Report on sanitation, dispensaries, and jails in Rajputana for 1910, and on vaccination for the year 1910-1911 - 1910-1911
Year: 1910
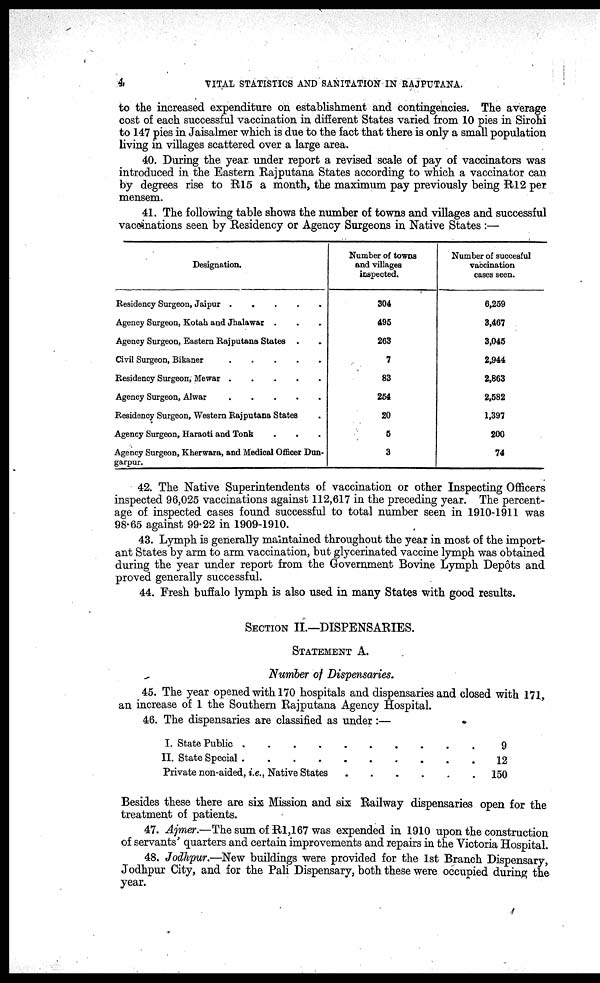
4
VITAL STATISTICS AND SANITATION IN RAJPUTANA.
to the increased expenditure on establishment and contingencies. The average
cost of each successful vaccination in different States varied from 10 pies in Sirohi
to 147 pies in Jaisalmer which is due to the fact that there is only a small population
living in villages scattered over a large area.
40. During the year under report a revised scale of pay of vaccinators was
introduced in the Eastern Rajputana States according to which a vaccinator can
by degrees rise to R15 a month, the maximum pay previously being R12 per
mensem.
41. The following table shows the number of towns and villages and successful
vaccinations seen by Residency or Agency Surgeons in Native States :—
Designation.
Residency Surgeon, Jaipur . . . . .
Agency Surgeon, Kotah and Jhalawar . . .
Agency Surgeon, Eastern Rajputana States . .
Civil Surgeon, Bikaner . . . . .
Residency Surgeon, Mewar . . . . .
Agency Surgeon Alwar . . . . .
Residency Surgeon, Western Rajputana States .
Agency Surgeon, Haraoti and Tonk . . .
Agency Surgeon, Kherwara, and Medical Officer Dun¬
garpur.
Number of towns
and villages
inspected.
304
495
263
7
83
254
20
5
3
Number of succesful
vaccination
cases seen.
6,259
3,467
3,045
2,944
2,863
2,582
1,397
200
74
42. The Native Superintendents of vaccination or other Inspecting Officers
inspected 96,025 vaccinations against 112,617 in the preceding year. The percent-
age of inspected cases found successful to total number seen in 1910-1911 was
98.65 against 99.22 in 1909-1910.
43. Lymph is generally maintained throughout the year in most of the import-
ant States by arm to arm vaccination, but glycerinated vaccine lymph was obtained
during the year under report from the Government Bovine Lymph Depôts and
proved generally successful.
44. Fresh buffalo lymph is also used in many States with good results.
SECTION II.—DISPENSARIES.
STATEMENT A.
Number of Dispensaries.
45. The year opened with 170 hospitals and dispensaries and closed with 171,
an increase of 1 the Southern Rajputana Agency Hospital.
46. The dispensaries are classified as under:—
I. State Public .
.
.
.
.
.
.
.
.
.
II. State Special . . . . . . . . . .
Private non-aided,i.e.,Native States . . . . . .
9
12
150
Besides these there are six Mission and six Railway dispensaries open for the
treatment of patients.
47. Ajmer.—The sum of R1,167 was expended in 1910 upon the construction
of servants' quarters and certain improvements and repairs in the Victoria Hospital.
48. Jodhpur.—New buildings were provided for the 1st Branch Dispensary,
Jodhpur City, and for the Pali Dispensary, both these were occupied during the
year.